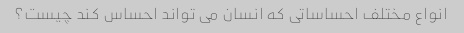
انواع مختلف احساساتی که انسان می تواند احساس کند چیست؟